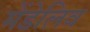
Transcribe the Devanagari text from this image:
मेंडेलिव